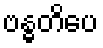
ဗန္ဓတိပေ